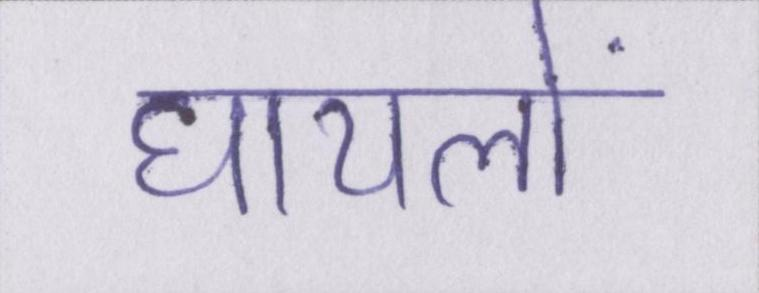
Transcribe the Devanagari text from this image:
घायलों